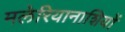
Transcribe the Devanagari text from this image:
मलेरियानाशियों